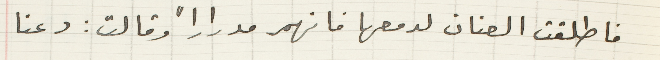
فاطلقت العنان لدمعها فانهمر مدراراً وقالت: دعنا